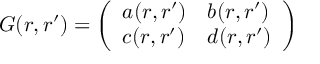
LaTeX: G ( r , r ^ { \prime } ) = \left( \begin{array} { l l } { { a ( r , r ^ { \prime } ) } } & { { b ( r , r ^ { \prime } ) } } \\ { { c ( r , r ^ { \prime } ) } } & { { d ( r , r ^ { \prime } ) } } \end{array} \right)